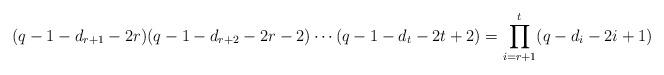
LaTeX: \begin{align*}(q-1-d_{r+1}-2r)(q-1-d_{r+2}-2r-2)\cdots(q-1-d_t-2t+2)=\prod_{i=r+1}^t(q-d_i-2i+1)\end{align*}